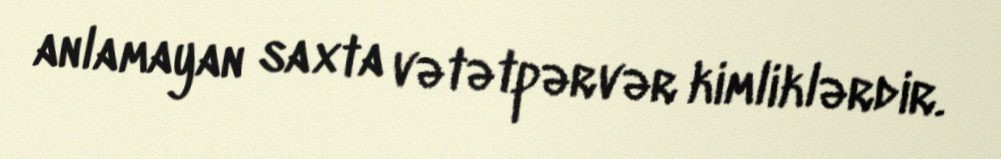
anlamayan saxta vətətpərvər kimliklərdir.